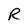
Character: R